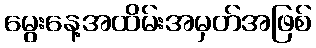
မွေးနေ့အထိမ်းအမှတ်အဖြစ်